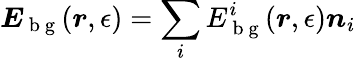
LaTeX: \boldsymbol{E}_{\mathrm{~b~g~}}(\boldsymbol{r},\epsilon)=\sum_{i}E_{\mathrm{~b~g~}}^{i}(\boldsymbol{r},\epsilon)\boldsymbol{n}_{i}